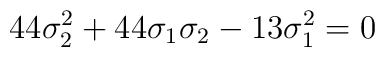
44\sigma_2^2+44\sigma_1\sigma_2-13\sigma_1^2=0